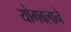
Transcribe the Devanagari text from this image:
योगबलाने